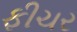
ફીચર